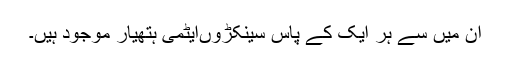
ان میں سے ہر ایک کے پاس سینکڑوںایٹمی ہتھیار موجود ہیں۔